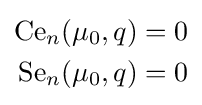
{\begin{aligned}{\text{Ce}}_{n}(\mu _{0},q)=0\\{\text{Se}}_{n}(\mu _{0},q)=0\end{aligned}}